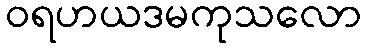
ဝရဟယဒမကုသလော